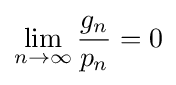
\lim _{n\to \infty }{\frac {g_{n}}{p_{n}}}=0